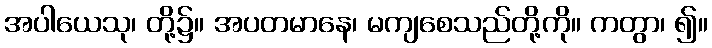
အပါယေသု၊ တို့၌။ အပတမာနေ၊ မကျစေသည်တို့ကို။ ကတွာ၊ ၍။